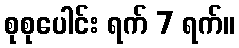
စုစုပေါင်း ရက် 7 ရက်။